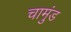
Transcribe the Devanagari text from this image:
चामुंड